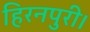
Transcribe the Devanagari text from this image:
हिरनपुरी।